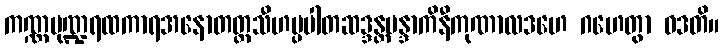
ကဏ္ဏမုဏ္ဍရထကာရအနောတတ္တသီဟပ္ပပါတဆဒ္ဒန္တမန္ဒာကိနီကုဏာလဒဟေ ဂဟေတွာ ဝဒတိ။